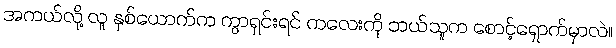
အကယ်လို့ လူ နှစ်ယောက်က ကွာရှင်းရင် ကလေးကို ဘယ်သူက စောင့်ရှောက်မှာလဲ။